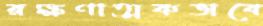
রক্ষণাত্মকভাবে